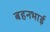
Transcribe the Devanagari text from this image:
बहनभाई